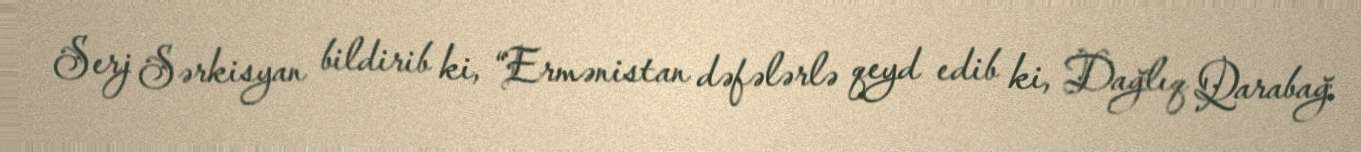
Serj Sərkisyan bildirib ki, “Ermənistan dəfələrlə qeyd edib ki, Dağlıq Qarabağ